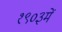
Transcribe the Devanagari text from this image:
१९०३में